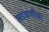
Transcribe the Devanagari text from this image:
अडचणीचा